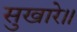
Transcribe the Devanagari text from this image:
सुखारे॥